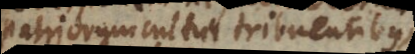
patriorum cultui tribuentibus,